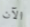
الآن